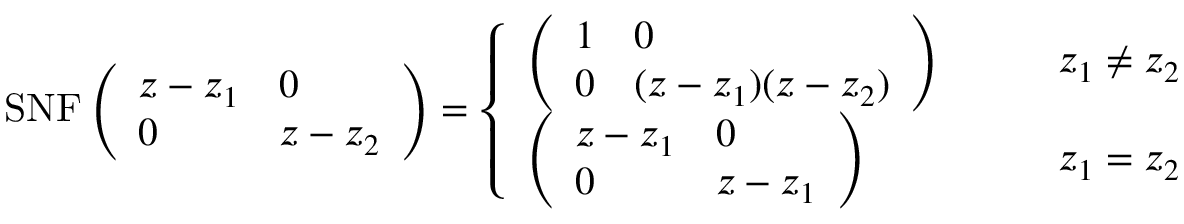
\mathrm { S N F } \left( \begin{array} { l l } { z - z _ { 1 } } & { 0 } \\ { 0 } & { z - z _ { 2 } } \end{array} \right) = \left\{ \begin{array} { l l } { \left( \begin{array} { l l } { 1 } & { 0 } \\ { 0 } & { ( z - z _ { 1 } ) ( z - z _ { 2 } ) } \end{array} \right) } & { \qquad z _ { 1 } \neq z _ { 2 } } \\ { \left( \begin{array} { l l } { z - z _ { 1 } } & { 0 } \\ { 0 } & { z - z _ { 1 } } \end{array} \right) } & { \qquad z _ { 1 } = z _ { 2 } } \end{array} \right.